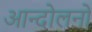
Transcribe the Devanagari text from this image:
आन्दोलनोंं